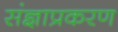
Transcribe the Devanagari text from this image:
संज्ञाप्रकरण